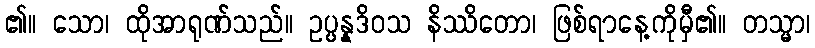
၏။ သော၊ ထိုအာရုဏ်သည်။ ဥပ္ပန္နဒိဝသ နိဿိတော၊ ဖြစ်ရာနေ့ကိုမှီ၏။ တသ္မာ၊